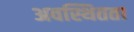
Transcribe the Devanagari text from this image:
अवस्थितता